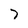
Character: 7